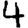
Digit: 4